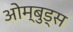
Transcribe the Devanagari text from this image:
ओम्बुड्स